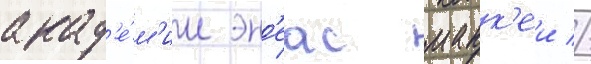
акад'е́м'ии эн'еас макк'еи //